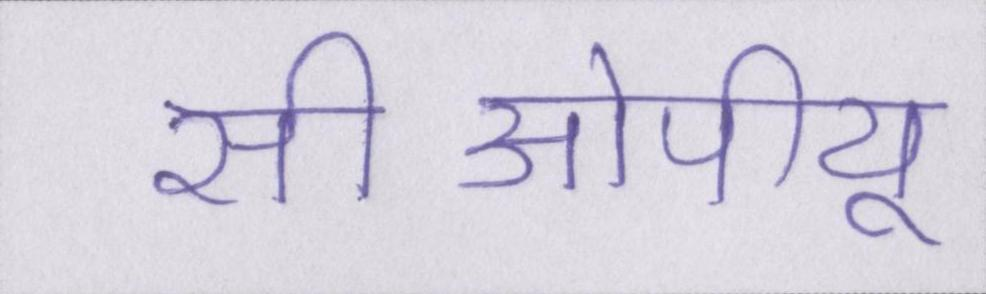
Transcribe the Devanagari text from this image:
सीओपीयू